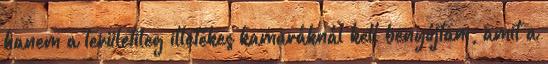
hanem a területileg illetékes kamaráknál kell benyújtani, amit a